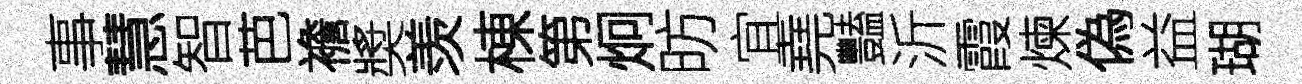
事慧智芭襜奬羡棟第炯昉宜堯豔沂霞煉偽益瑚